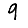
Digit: 9